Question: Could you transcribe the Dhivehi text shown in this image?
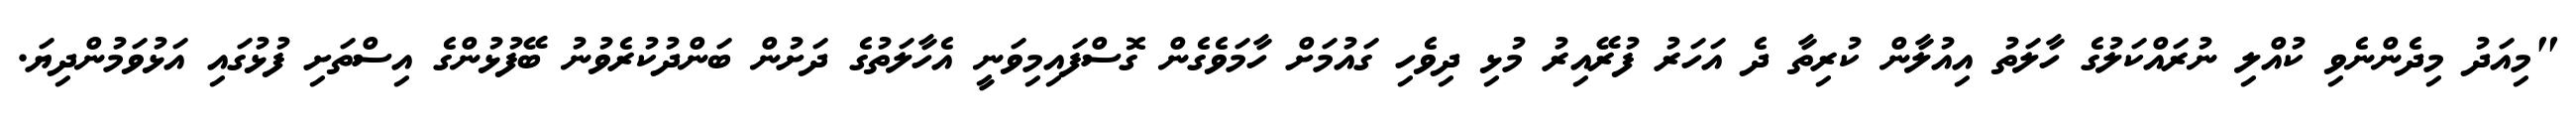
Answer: "މިއަދު މިދެންނެވި ކުއްލި ނުރައްކަލުގެ ހާލަތު އިއުލާން ކުރިތާ ދެ އަހަރު ފުރޭއިރު މުޅި ދިވެހި ގައުމަށް ހާމަވެގެން ގޮސްފައިމިވަނީ އެހާލަތުގެ ދަށުން ބަންދުކުރެވުނު ބޭފުޅުންގެ އިސްތަށި ފުޅުގައި އަޅުވަމުންދިޔަ.